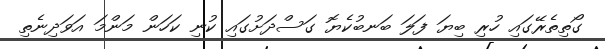
ގޯތިތެރޭގައި ހުރި ބިޔަ ފަލަ ބަނބުކެޔޮ ގަސްދަށުގައި ކުނި ކަހަން މަންމަ އަވަދިނެތި